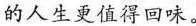
的人生更值得回味。